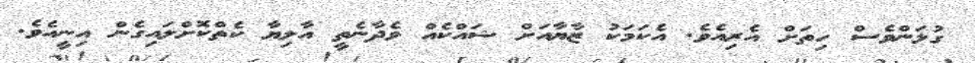
ގުޅަންވެސް ހިތަށް އެރިއެވެ. އެކަމަކު ޒާޔާއަށް ޝައްކެއް ވެދާނެތީ އާލިޔާ ކެތްކޮށްލައިގެން އިނީއެވެ.